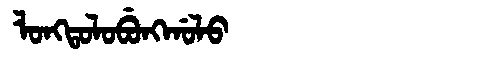
Manchu: ᠯᠣᠩᡨᠣᠯᠣᠪᡠᠩᡤᠣᠯᠣ
Romanization: LONGTOLOBUNGGOLO